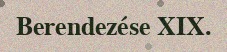
Berendezése XIX.